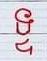
ទ្ទ